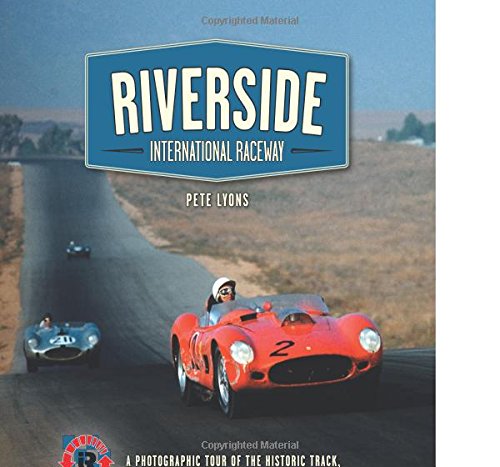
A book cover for Riverside International Raceway: A Photographic Tour of the Historic Track, Its Legendary Races, and Unforgettable Drivers; Pete Lyons; Engineering & Transportation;